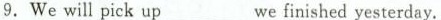
9.Wewill pick up ___we finished yesterday.